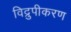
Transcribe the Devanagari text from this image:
विद्रुपीकरण